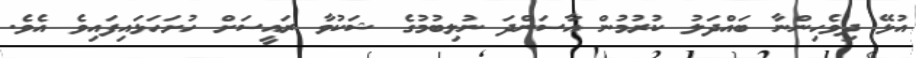
އުޅޭ ދިވެހިންނާ ބައްދަލު ކުރުމުން އާސަންދަ ނުލިބުމުގެ ޝަކުވާ ރައީސަށް ހުށަހަޅައިފައިވެ އެވެ.